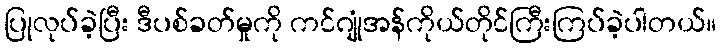
ပြုလုပ်ခဲ့ပြီး ဒီပစ်ခတ်မှုကို ကင်ဂျုံအန်ကိုယ်တိုင်ကြီးကြပ်ခဲ့ပါတယ်။